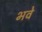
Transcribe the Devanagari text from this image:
भवे